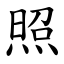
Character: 照